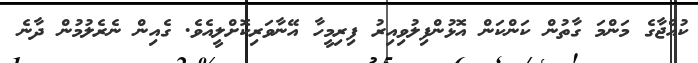
ކުއްޖާގެ މަންމަ ގާތުން ކަންކަން އޮޅުންފިލުވިއިރު ފިރިމީހާ އޭނާވަރިކޮށްލީއެވެ. ގެއިން ނެރެލުމުން ދާނެ